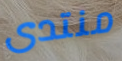
منتدى